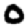
Digit: 0